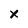
Character: x